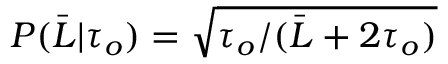
P ( \bar { L } \vert \tau _ { o } ) = \sqrt { \tau _ { o } / ( \bar { L } + 2 \tau _ { o } ) }